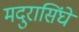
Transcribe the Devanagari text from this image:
मदुरासिंघे